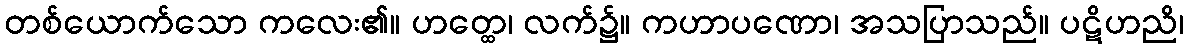
တစ်ယောက်သော ကလေး၏။ ဟတ္ထေ၊ လက်၌။ ကဟာပဏော၊ အသပြာသည်။ ပဋိဟညိ၊